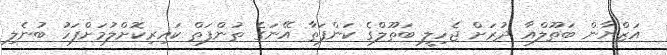
އަޒްޔާން ބަތޫލްއާ ދުރަށް ޖެހިލީ ބަތޫލްގެ ކަންފަތާ އޭނަގެ ތުންފަތް ކައިރިކޮށްލުމަށްފަހު ބުނެލި